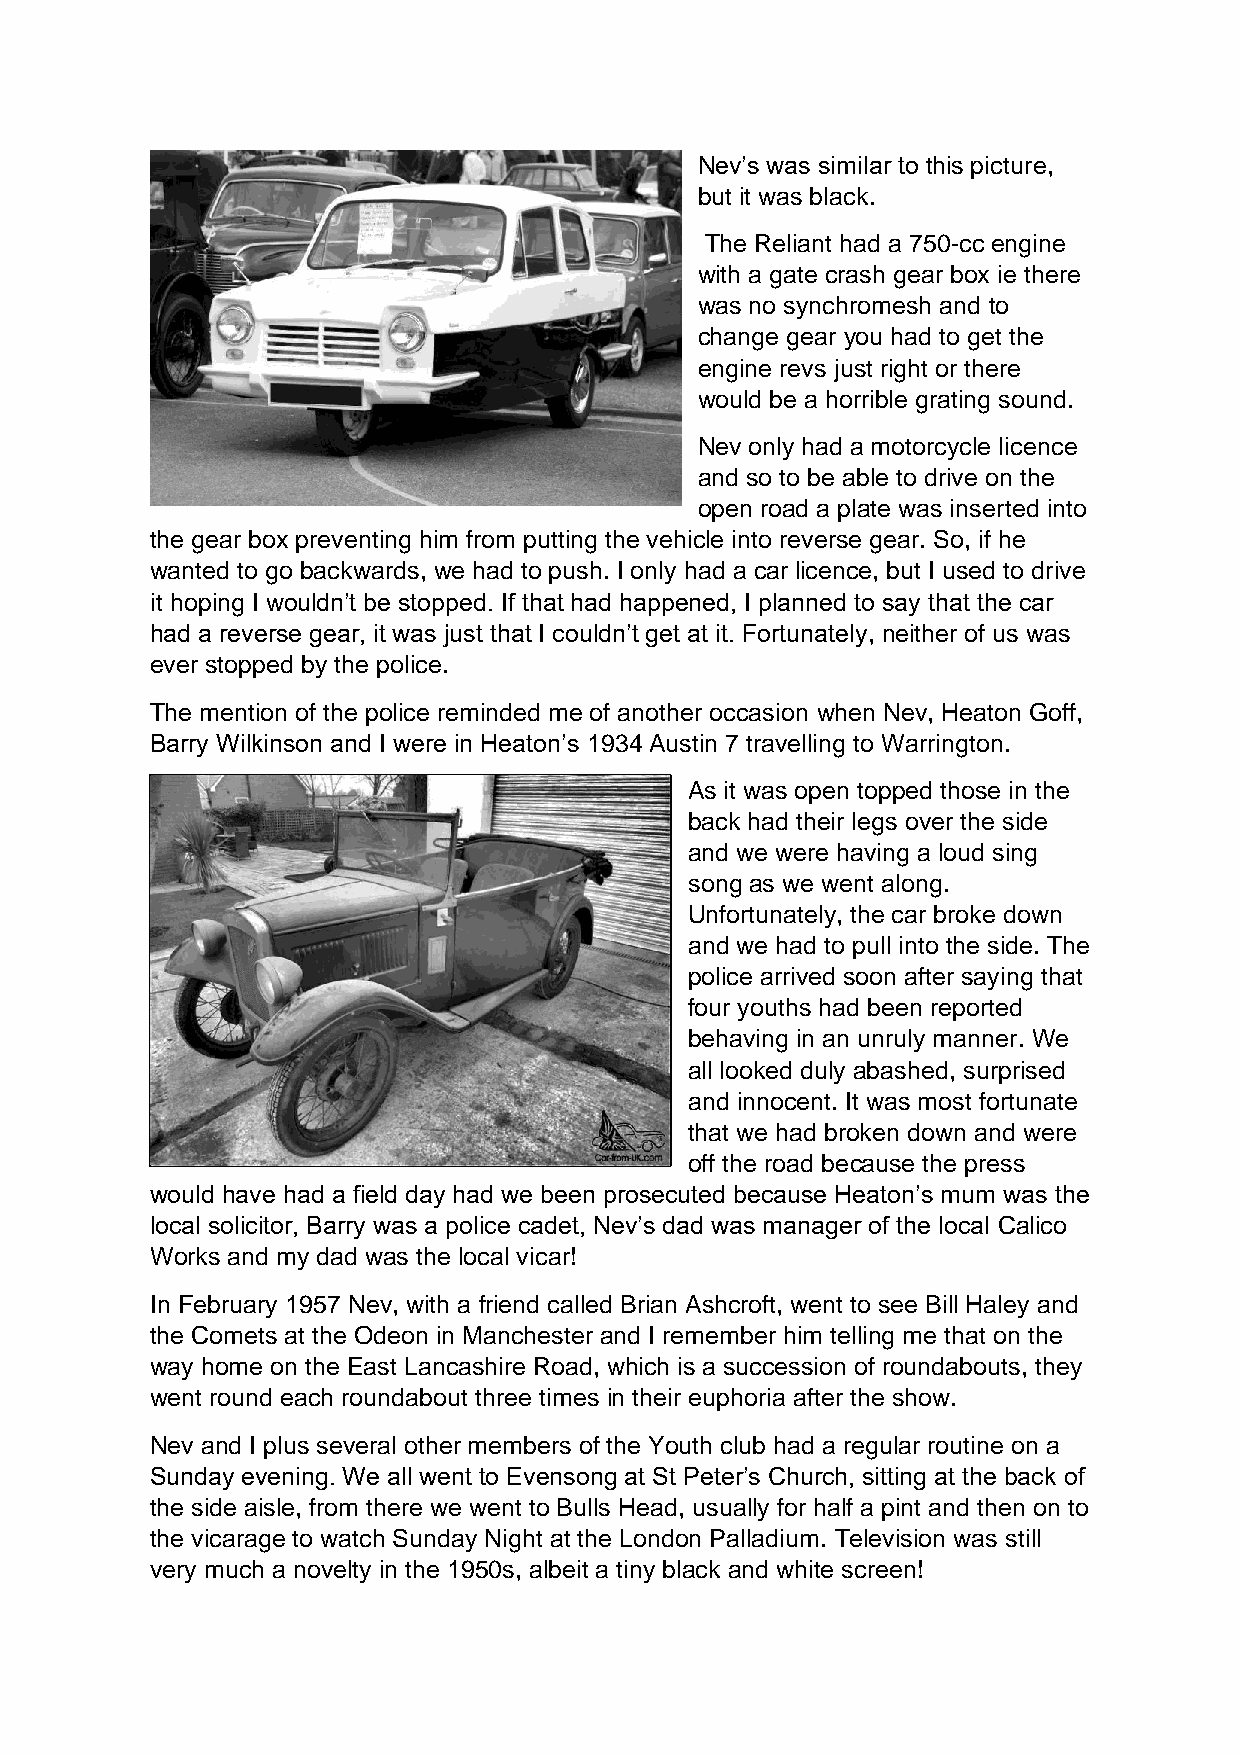
Nev’s was similar to this picture,
 but it was black.
 The Reliant had a 750-cc engine
 with a gate crash gear box ie there
 was no synchromesh and to
 change gear you had to get the
 engine revs just right or there
 would be a horrible grating sound.
 Nev only had a motorcycle licence
 and so to be able to drive on the
 open road a plate was inserted into
 the gear box preventing him from putting the vehicle into reverse gear. So, if he
 wanted to go backwards, we had to push. I only had a car licence, but I used to drive
 it hoping I wouldn’t be stopped. If that had happened, I planned to say that the car
 had a reverse gear, it was just that I couldn’t get at it. Fortunately, neither of us was
 ever stopped by the police.
 The mention of the police reminded me of another occasion when Nev, Heaton Goff,
 Barry Wilkinson and I were in Heaton’s 1934 Austin 7 travelling to Warrington.
 As it was open topped those in the
 back had their legs over the side
 and we were having a loud sing
 song as we went along.
 Unfortunately, the car broke down
 and we had to pull into the side. The
 police arrived soon after saying that
 four youths had been reported
 behaving in an unruly manner. We
 all looked duly abashed, surprised
 and innocent. It was most fortunate
 that we had broken down and were
 off the road because the press
 would have had a field day had we been prosecuted because Heaton’s mum was the
 local solicitor, Barry was a police cadet, Nev’s dad was manager of the local Calico
 Works and my dad was the local vicar!
 In February 1957 Nev, with a friend called Brian Ashcroft, went to see Bill Haley and
 the Comets at the Odeon in Manchester and I remember him telling me that on the
 way home on the East Lancashire Road, which is a succession of roundabouts, they
 went round each roundabout three times in their euphoria after the show.
 Nev and I plus several other members of the Youth club had a regular routine on a
 Sunday evening. We all went to Evensong at St Peter’s Church, sitting at the back of
 the side aisle, from there we went to Bulls Head, usually for half a pint and then on to
 the vicarage to watch Sunday Night at the London Palladium. Television was still
 very much a novelty in the 1950s, albeit a tiny black and white screen!